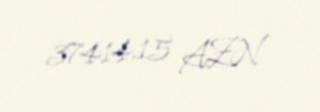
37414,15 AZN